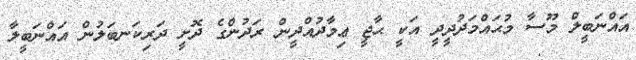
އައްނަބީލް މޫސާ މުޙައްމަދުދީދީ އަކީ ޙާޖީ ޢިމާދުއްދީން ރަދުންގެ ދޮށީ ދަރިކަނބަލުން އައްނަބީލާ